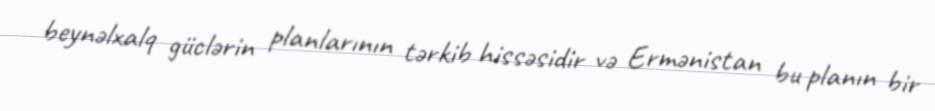
beynəlxalq güclərin planlarının tərkib hissəsidir və Ermənistan bu planın bir